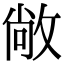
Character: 敞